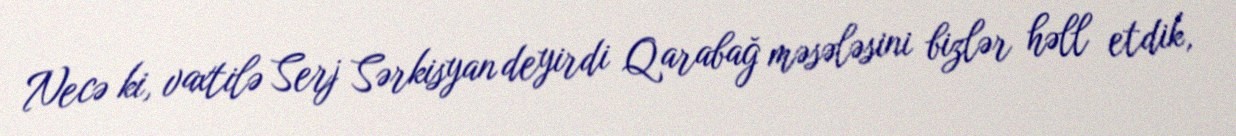
Necə ki, vaxtilə Serj Sərkisyan deyirdi Qarabağ məsələsini bizlər həll etdik,